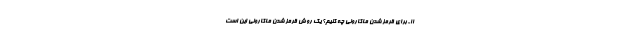
۱۱-برای قرمز شدن ماکارونی چه کنیم؟ یک روش قرمز شدن ماکارونی این است